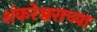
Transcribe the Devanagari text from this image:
शंकरेश्वराच्या